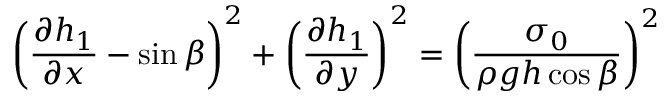
\left( \frac { \partial h _ { 1 } } { \partial x } - \sin \beta \right) ^ { 2 } + \left( \frac { \partial h _ { 1 } } { \partial y } \right) ^ { 2 } = \left( \frac { \sigma _ { 0 } } { \rho g h \cos \beta } \right) ^ { 2 }